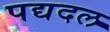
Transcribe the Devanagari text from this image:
पद्यदल